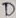
Text: D